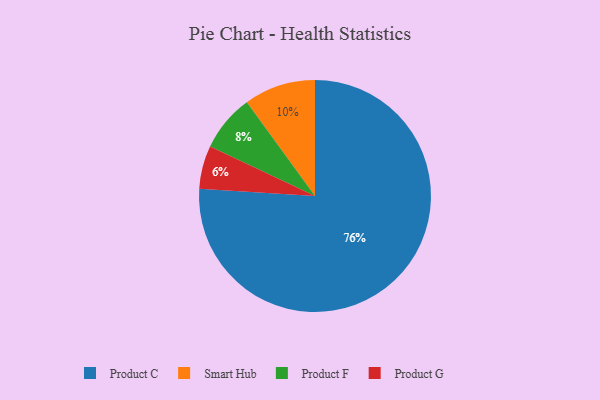
{"axis": {"x": "Category", "y": "Percentage"}, "legend": ["Product C", "Product F", "Product G", "Smart Hub"], "data": [{"x": "Product C", "y": 76, "type": "Product C"}, {"x": "Product F", "y": 8, "type": "Product F"}, {"x": "Smart Hub", "y": 10, "type": "Smart Hub"}, {"x": "Product G", "y": 6, "type": "Product G"}]}